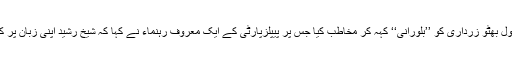
اُنہوں نے بلاول بھٹو زرداری کو ’’بِلّورانی‘‘ کہہ کر مخاطب کیا جس پر پیپلزپارٹی کے ایک معروف رَہنماء نے کہا کہ شیخ رشید اپنی زبان پر کنٹرول کریں۔